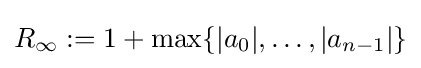
R_{\infty }:=1+\max\{|a_{0}|,\ldots ,|a_{n-1}|\}